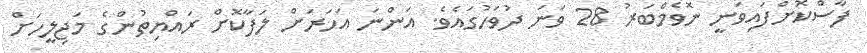
ފާސްކޮށްފައިވަނީ ނޮވެމްބަރު 28 ވަނަ ދުވަހުގައެވެ. އަންނަ އަހަރަށް ލަފާކޮށް ރައްޔިތުންގެ މަޖިލީހަށް